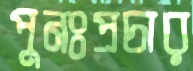
পুনঃপ্রচার